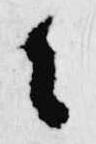
々